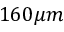
1 6 0 \mu m